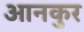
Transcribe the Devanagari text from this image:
आनकुर